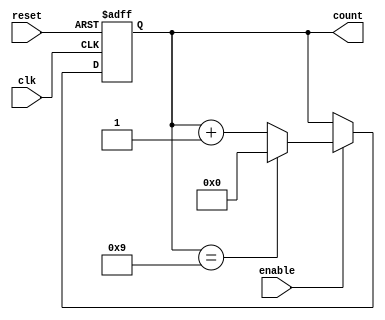
module BCD_Up_Counter_with_Enable (
    input wire clk,           // System clock input
    input wire reset,         // Reset signal
    input wire enable,        // Enable signal
    output reg [3:0] count    // BCD up counter output
);

always @(posedge clk or posedge reset) begin
    if (reset) begin
        count <= 4'b0000;   // Reset the counter to 0
    end else if (enable) begin
        if (count == 4'b1001) begin
            count <= 4'b0000;   // Reset the counter to 0 when reaching 9
        end else begin
            count <= count + 4'b0001;   // Increment the counter by 1
        end
    end
end

endmodule